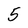
Character: 5